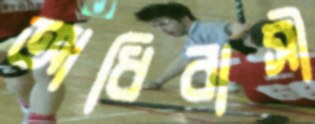
আধিবাসী